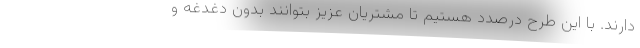
دارند. با این طرح درصدد هستیم تا مشتریان عزیز بتوانند بدون دغدغه و